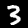
Label: 3